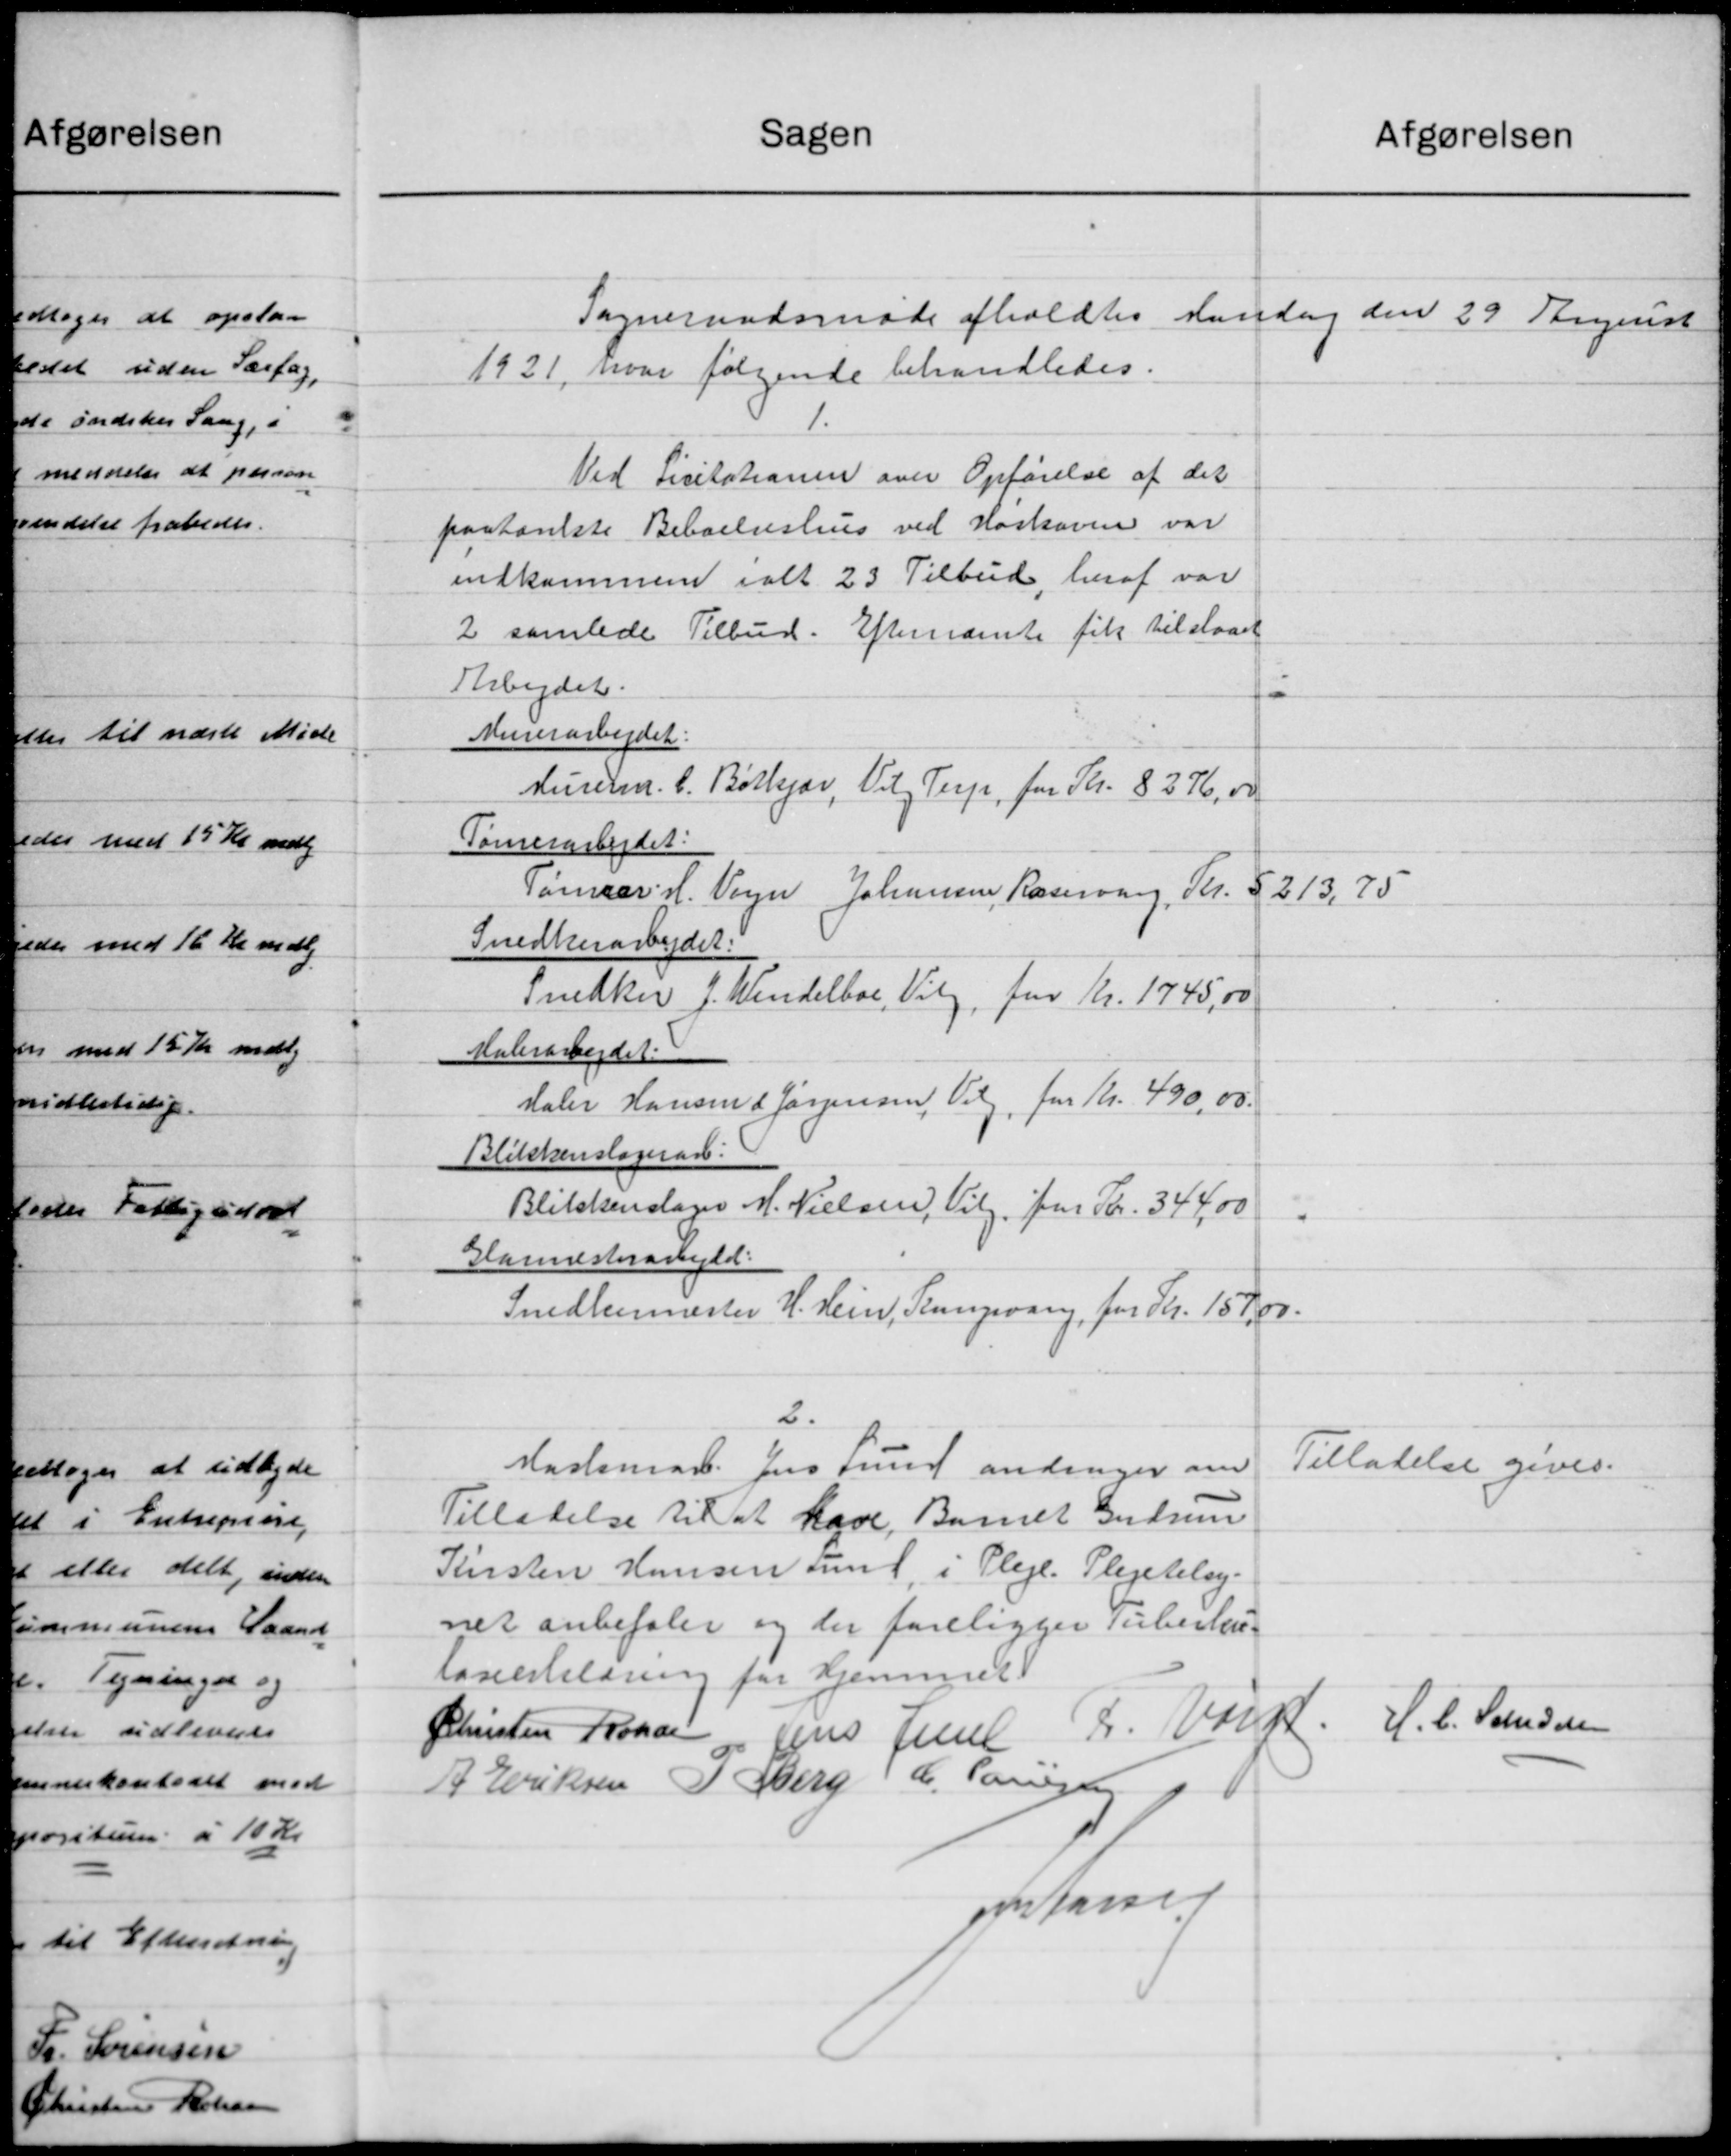
Transskription:
Sogneraadsmøde afholdtes Mandag den 29 August
1921, hvor følgende behandledes
1.
Ved Licitationen over Opførelse af det
paatænkte Beboelseshus ved Høskoven var
indkommen ialt 23 Tilbud, heraf var
2 samlede Tilbud. Efternævnte fik tilstaaet
Arbejdet:
Murerarbejdet:
Murerm. C. Bøtkjær, Viby Terp, for Kr. 8276,00
Tømrerarbejdet:
Tømrer-M. Vagn Johansen. Rosenvang, Kr. 5213,75
Snedkerarbejdet:
Snedker J. Wendelboe, Viby, for Kr. 1745,00
Malerarbejdet:
Maler Hansen & Jørgensen, Viby, for Kr. 490,00
Blikkenslagerarb.  :
Blikkenslager M. Nielsen, Viby, for Kr. 334,00
Glarmesterarbejdet:
Snedkermester H. Hein, Kongsvang, for Kr. 157,00
2.
Maskinarb. Jens Lund andrager om
Tilladelse til at have Barnet Gudrun
Kirsten Hansen Lund, i Pleje. Plejetilsy-
net anbefaler og der foreligger Tuberku-
loseerklæring for Hjemmet
Tilladelse gives
Christen Rohde
Jens Juul
Fr. Voigt
H. C. Schrøder
A. Eriksen
P. Berg
C. Paulsen
Jens Larsen